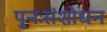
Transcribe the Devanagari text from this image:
पुनःसंशोधन